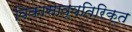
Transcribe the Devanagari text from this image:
विकासाव्यतिरिक्त